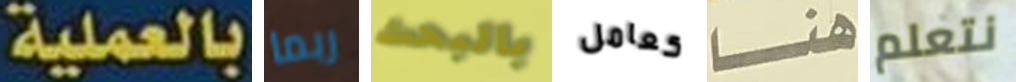
بالعملية ربما بالبحث كعامل هنا نتعلم